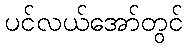
ပင်လယ်အော်တွင်